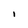
Character: i